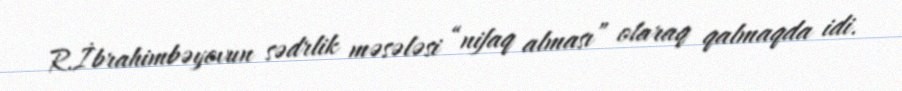
R.İbrahimbəyovun sədrlik məsələsi “nifaq alması” olaraq qalmaqda idi.